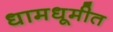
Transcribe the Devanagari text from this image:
धामधूमीत